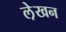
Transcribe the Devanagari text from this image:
ले़खन